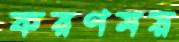
করণময়